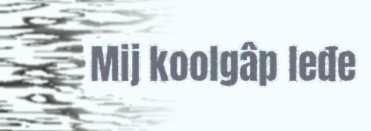
Mij koolgâp leđe